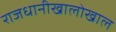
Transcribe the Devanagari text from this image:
राजधानीखालोखाल